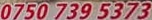
0750 739 5373